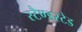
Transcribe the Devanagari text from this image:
स्टैण्डस्टेड